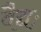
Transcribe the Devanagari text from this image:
वैद्यः